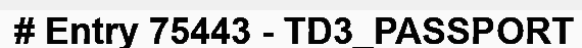
# Entry 75443 - TD3_PASSPORT